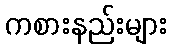
ကစားနည်းများ